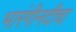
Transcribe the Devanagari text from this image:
भारंगीनदीचा